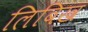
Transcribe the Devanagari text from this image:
लिबिख